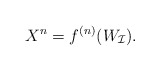
\begin{align*}X^n=f^{(n)}(W_\mathcal{I}). \end{align*}